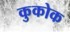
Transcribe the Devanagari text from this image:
कुकोक